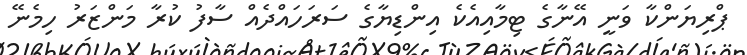
ޕްރިޔަންކާ ވަނީ އޭނާގެ ޓިމާއިއެކެ އިންޑިޔާގެ ސަރަހައްދެއް ސާފު ކުރާ މަންޒަރު ހިމެނޭ